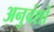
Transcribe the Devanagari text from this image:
अनुवंशों